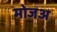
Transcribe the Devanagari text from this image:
मोजअ